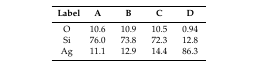
| Label | A | B | C | D |
 | --- | --- | --- | --- | --- |
 | O | 10.6 | 10.9 | 10.5 | 0.94 |
 | Si | 76.0 | 73.8 | 72.3 | 12.8 |
 | Ag | 11.1 | 12.9 | 14.4 | 86.3 |